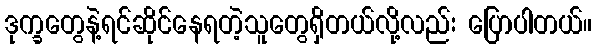
ဒုက္ခတွေနဲ့ရင်ဆိုင်နေရတဲ့သူတွေရှိတယ်လို့လည်း ပြောပါတယ်။